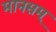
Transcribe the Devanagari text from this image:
मानसम्